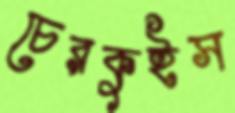
চেরকুইস